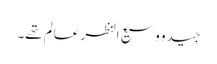
جید و وسیع النظر عالم تھے۔